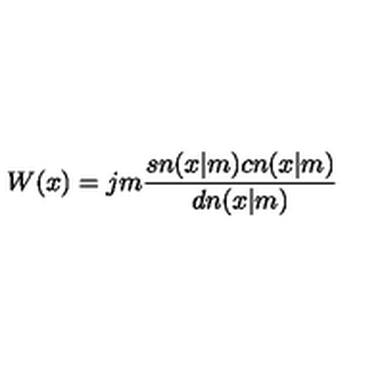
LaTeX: W ( x ) = j m { \frac { s n ( x | m ) c n ( x | m ) } { d n ( x | m ) } }